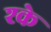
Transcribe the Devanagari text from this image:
श्के